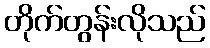
တိုက်တွန်းလိုသည်